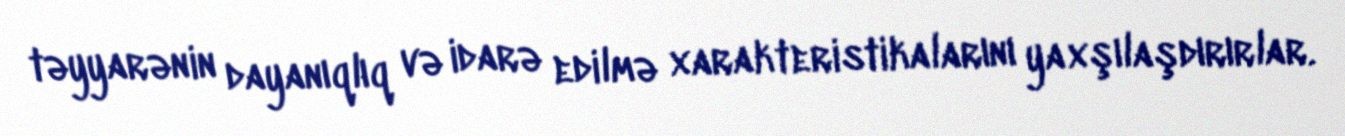
təyyarənin dayanıqlıq və idarə edilmə xarakteristikalarını yaxşılaşdırırlar.